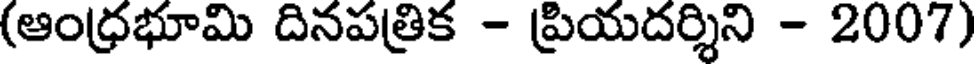
(ఆంధ్రభూమి దినపత్రిక - ప్రియదర్శిని - 2007)